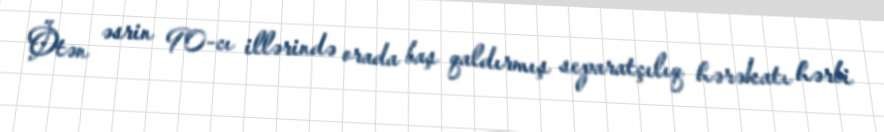
Ötən əsrin 90-cı illərində orada baş qaldırmış separatçılıq hərəkatı hərbi